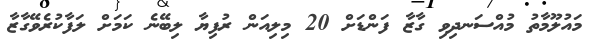
މައުލޫމާތު މުއްސަނދިވި ގާޒާ ފަންޑަށް 20 މިލިއަން ރުފިޔާ ލިބޭނެ ކަމަށް ލަފާކުރެވޭގާޒާ